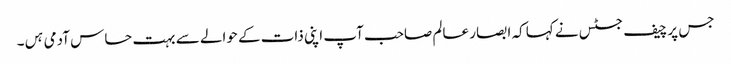
جس پر چیف جسٹس نے کہا کہ ابصار عالم صاحب آپ اپنی ذات کے حوالے سے بہت حساس آدمی ہں۔